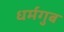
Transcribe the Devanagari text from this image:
धर्मगुब